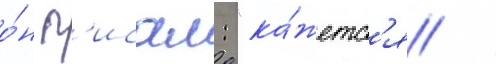
о́н п'исал: "ка́жетс'я /